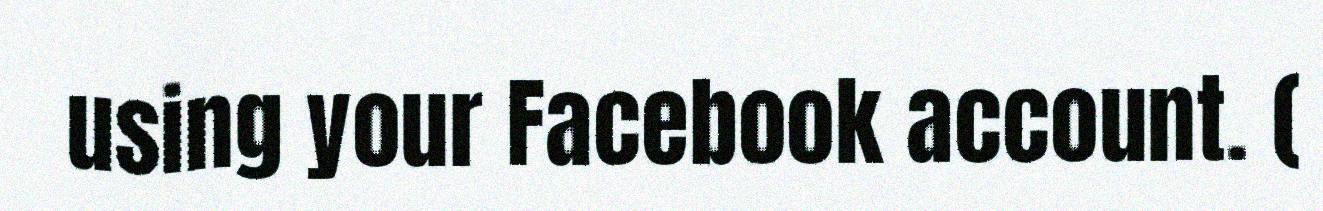
using your Facebook account. (